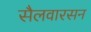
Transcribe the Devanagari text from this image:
सैलवारसन